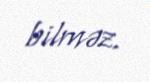
bilməz.